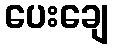
ပေးချေ